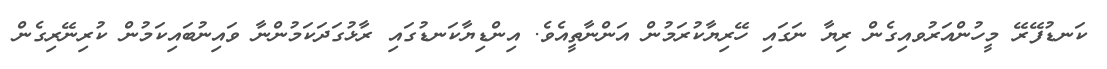
ކަނޑުފޭރޭ މީހުންއަރުވއިގެން ރިޔާ ނަގައި ހޭރިޔާކުރަމުން އަންނާތީއެވެ. އިންޑިޔާކަނޑުގައި ރާޅުގަދަކަމުންނާ ވައިނުބައިކަމުން ކުރިނޭރިގެން